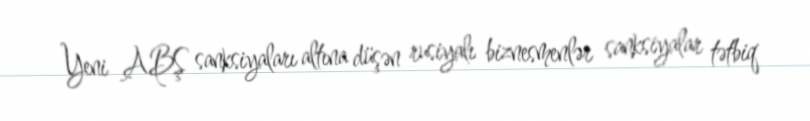
Yeni ABŞ sanksiyaları altına düşən rusiyalı biznesmenlər sanksiyalar tətbiq